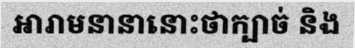
អារាមនានានោះថាក្បាច់ និង